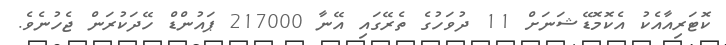
ކޮޓަރިއާއެކު އެކޮމޮޑޭޝަނަށް 11 ދުވަހުގެ ތެރޭގައި އޭނާ 217000 ޕައުންޑް ހޭދަކުރަން ޖެހުނެވެ.